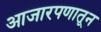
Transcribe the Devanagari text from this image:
आजारपणातून